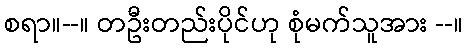
စရာ။--။ တဦးတည်းပိုင်ဟု စုံမက်သူအား --။